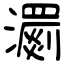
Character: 瀱